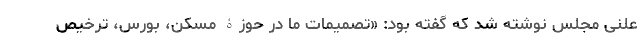
علنی مجلس نوشته شد که گفته بود: «تصمیمات ما در حوزۀ مسکن، بورس، ترخیص